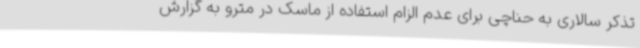
تذکر سالاری به حناچی برای عدم الزام استفاده از ماسک در مترو به گزارش